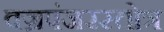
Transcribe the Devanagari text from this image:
वज्रपंजरस्तोत्र